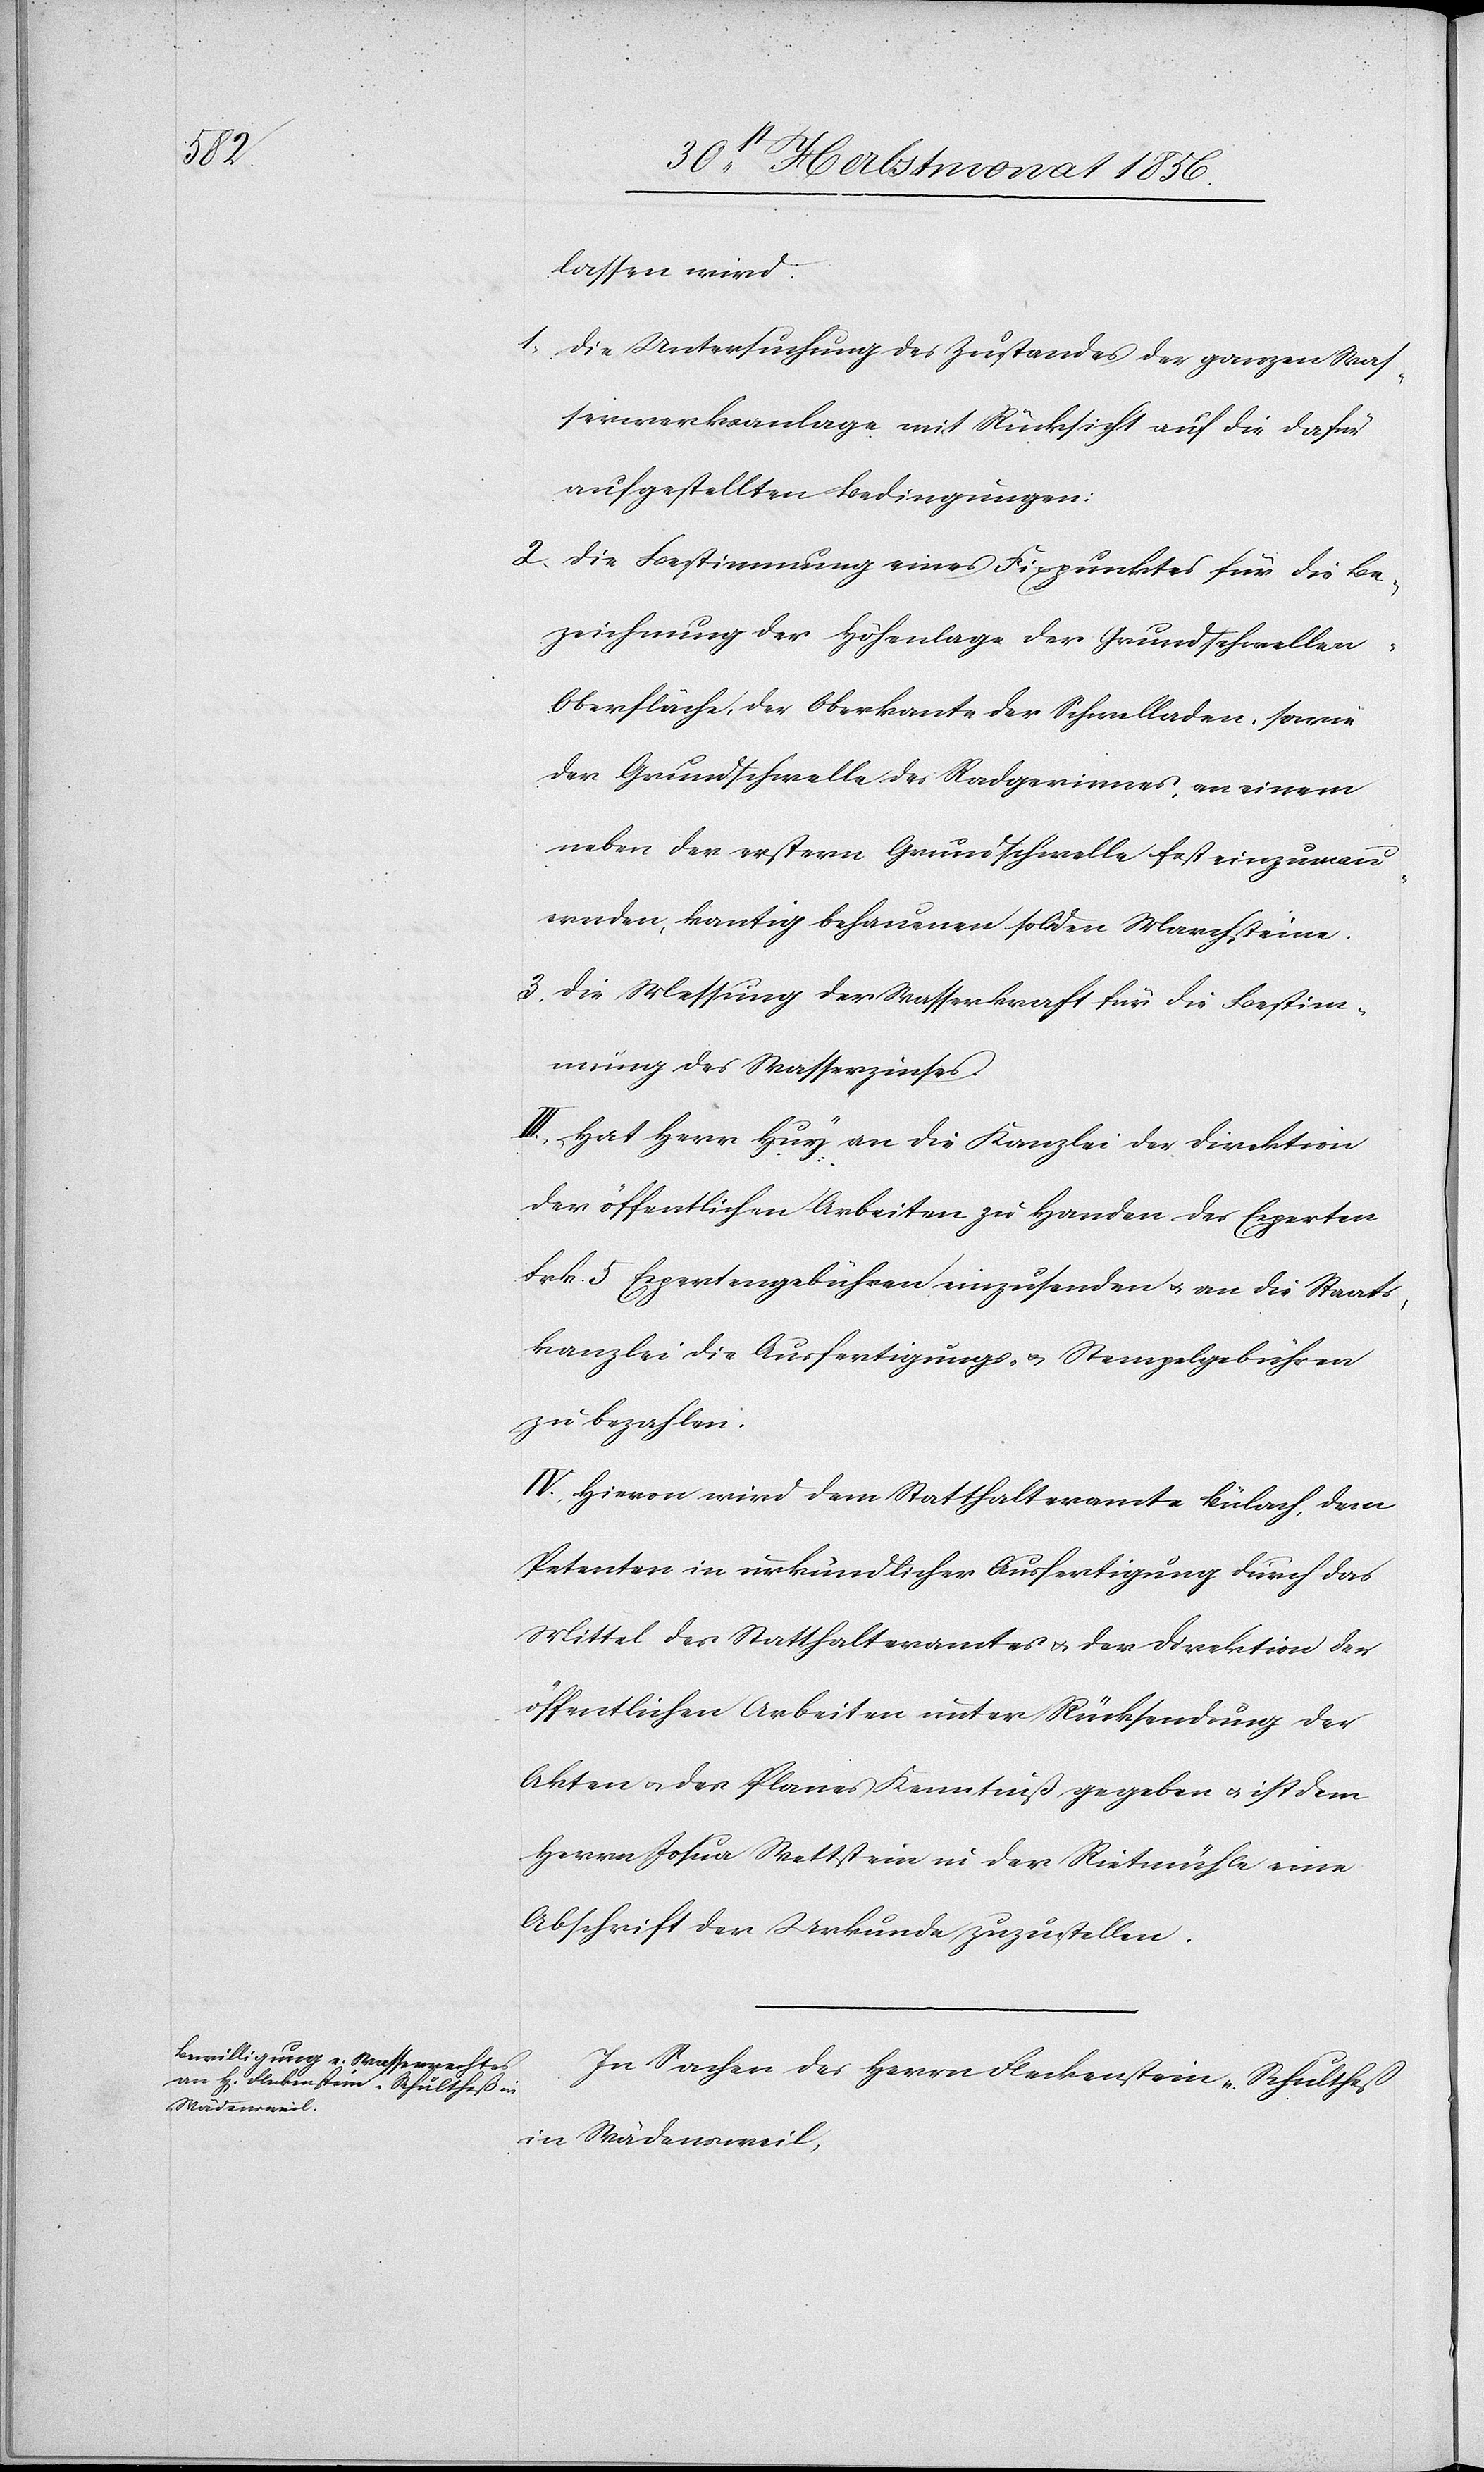
lassen wird:
1. Die Untersuchung des Zustandes der ganzen Was¬
serwerksanlage mit Rücksicht auf die dafür
aufgestellten Bedingungen:
2. Die Bestimmung eines Fixpunktes für die Be¬
zeichnung der Höhenlage der Grundschwelle¬
n-Oberfläche, der Oberkannte der Schwelladen, sowie
der Grundschwelle des Radgerinnes, an einem
neben der erstern Grundschwelle fest einzumau¬
ernden, kantig behauenen soliden Marchsteine.
3. Die Messung der Wasserkraft für die Bestim¬
mung des Wasserzinses.
III.) Hat Herr Huy an die Kanzlei der Direktion
der öffentlichen Arbeiten zu Handen des Experten
Frk. 5 Expertengebühren einzusenden u. an die Staats¬
kanzlei die Ausfertigungs- u. Stempelgebühren
zu bezahlen.
IV.) Hievon wird dem Statthalteramte Bülach, dem
Petenten in urkundlicher Ausfertigung durch das
Mittel des Statthalteramtes u. der Direktion der
öffentlichen Arbeiten unter Rücksendung der
Akten u. des Planes Kenntniß gegeben u. ist dem
Herrn Josua Wettstein in der Rietmühle eine
Abschrift der Urkunde zuzustellen.
In Sachen des Herrn Fleckenstein-Schultheß
in Wädensweil,